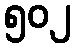
၅၀၂